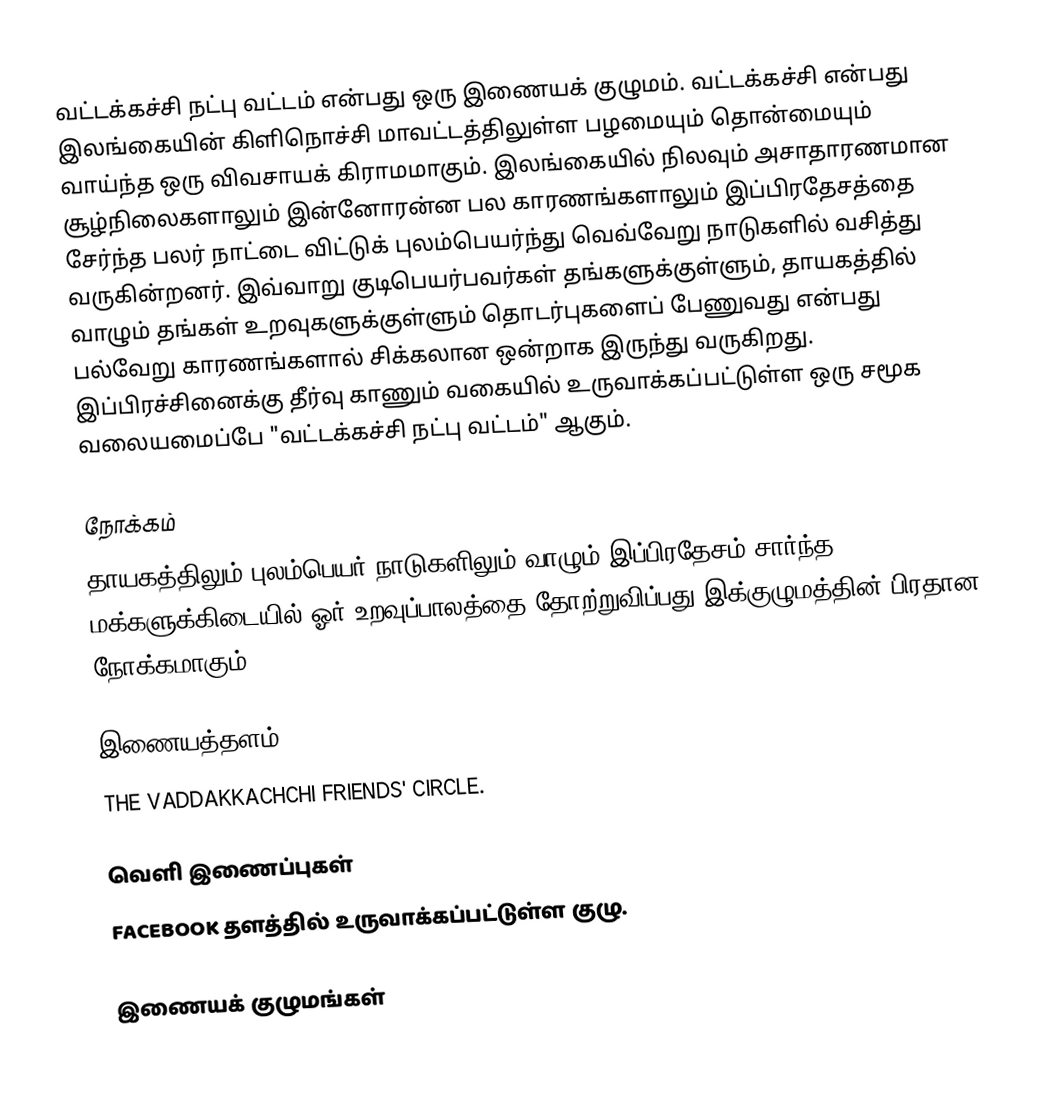
வட்டக்கச்சி நட்பு வட்டம் என்பது ஒரு இணையக் குழுமம். வட்டக்கச்சி என்பது இலங்கையின் கிளிநொச்சி மாவட்டத்திலுள்ள பழமையும் தொன்மையும் வாய்ந்த ஒரு விவசாயக் கிராமமாகும். இலங்கையில் நிலவும் அசாதாரணமான சூழ்நிலைகளாலும் இன்னோரன்ன பல காரணங்களாலும் இப்பிரதேசத்தை சேர்ந்த பலர் நாட்டை விட்டுக் புலம்பெயர்ந்து வெவ்வேறு நாடுகளில் வசித்து வருகின்றனர். இவ்வாறு குடிபெயர்பவர்கள் தங்களுக்குள்ளும், தாயகத்தில் வாழும் தங்கள் உறவுகளுக்குள்ளும் தொடர்புகளைப் பேணுவது என்பது பல்வேறு காரணங்களால் சிக்கலான ஒன்றாக இருந்து வருகிறது. இப்பிரச்சினைக்கு தீர்வு காணும் வகையில் உருவாக்கப்பட்டுள்ள ஒரு சமூக வலையமைப்பே "வட்டக்கச்சி நட்பு வட்டம்" ஆகும்.

நோக்கம்
தாயகத்திலும் புலம்பெயர் நாடுகளிலும் வாழும் இப்பிரதேசம் சார்ந்த மக்களுக்கிடையில் ஓர் உறவுப்பாலத்தை தோற்றுவிப்பது இக்குழுமத்தின் பிரதான நோக்கமாகும்.

இணையத்தளம்
 THE VADDAKKACHCHI FRIENDS' CIRCLE.

வெளி இணைப்புகள்
FACEBOOK தளத்தில் உருவாக்கப்பட்டுள்ள குழு.

இணையக் குழுமங்கள்